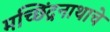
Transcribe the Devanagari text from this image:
मच्छिंद्रनाथाचे